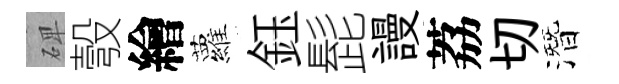
𥓓彀繪蘿鈺髭謾荔切潛